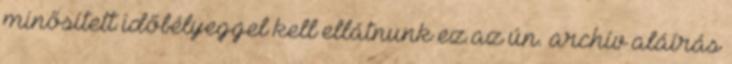
minősített időbélyeggel kell ellátnunk ez az ún. archív aláírás